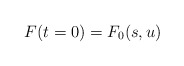
\begin{align*}F(t=0) = F_0(s, u) \end{align*}